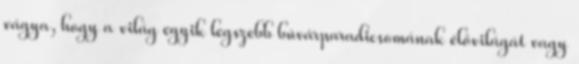
vágya, hogy a világ egyik legszebb búvárparadicsomának élővilágát vagy